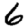
Digit: 6